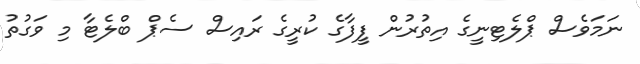
ނަމަވެސް ޕްލެޓިނީގެ އިތުރުން ފީފާގެ ކުރީގެ ރައިސް ސެޕް ބްލެޓާ މި ވަގުތު